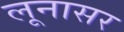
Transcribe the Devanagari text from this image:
लूनासर